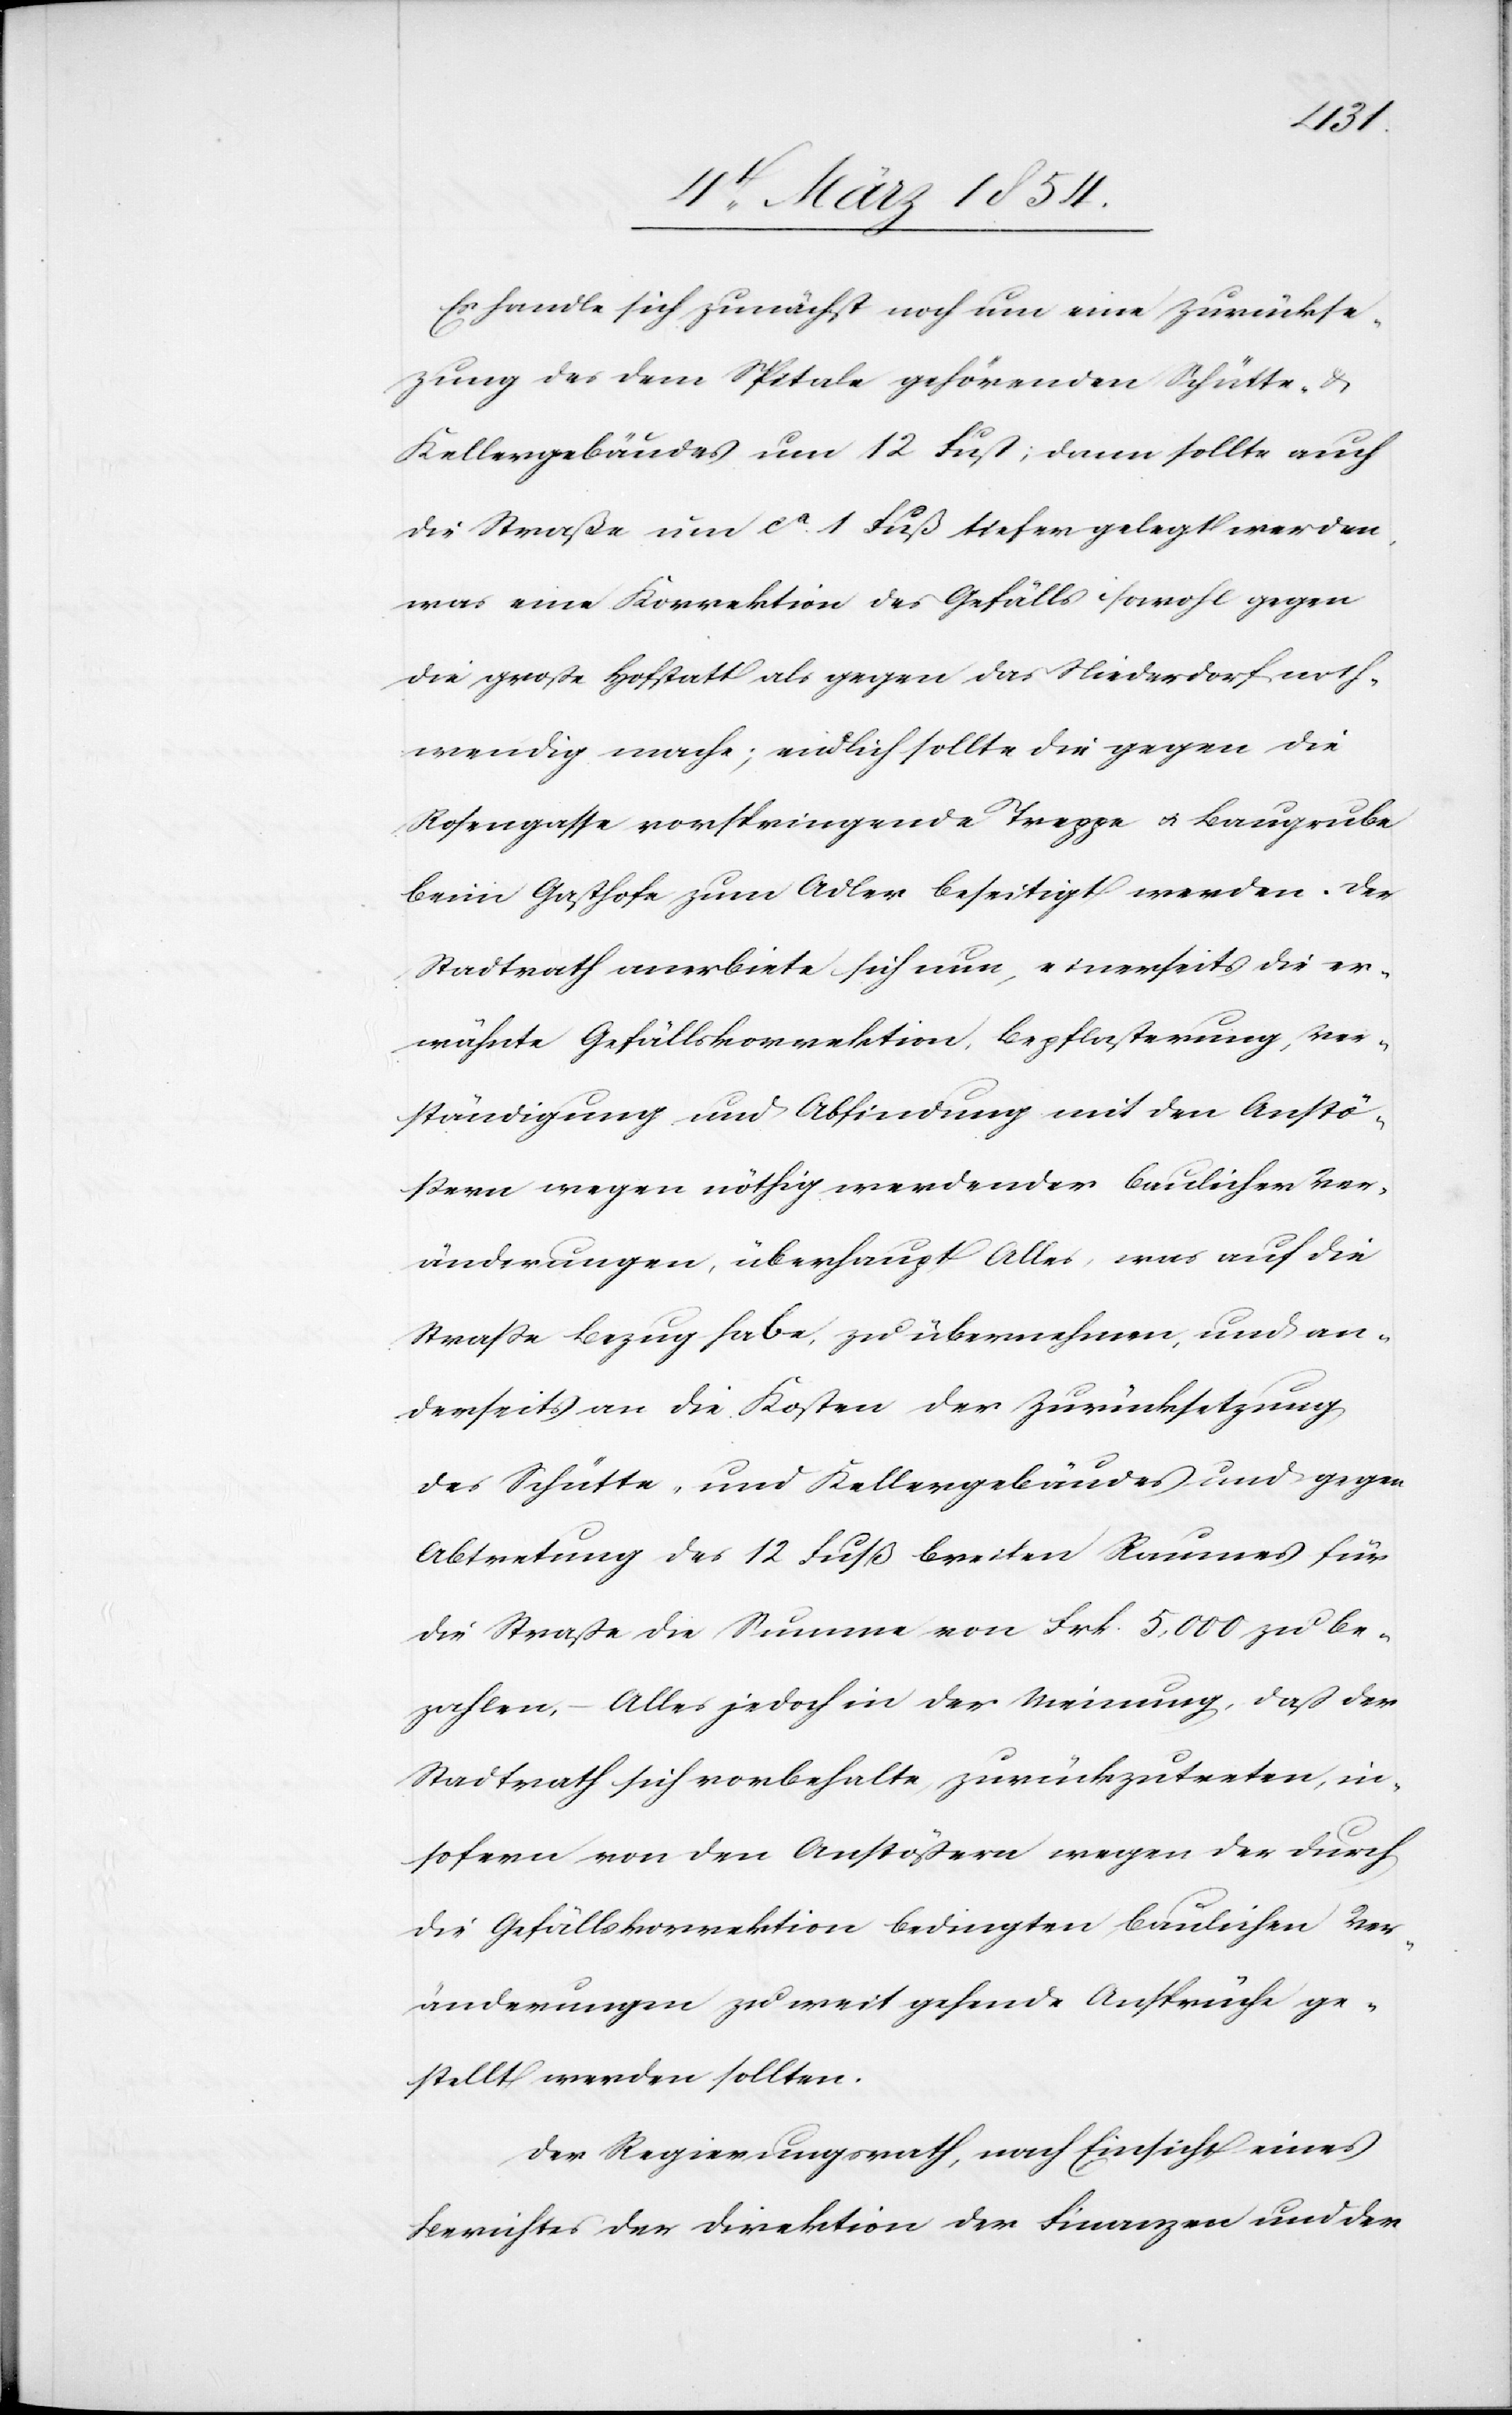
Es handle sich zunächst noch um eine Zurückse¬
zung des dem Spitale gehörenden Schütte- &
Kellergebäudes um 12 Fuß, dann sollte auch
die Straße um ca 1 Fuß tiefer gelegt werden,
was eine Korrektion des Gefälls sowohl gegen
die große Hofstatt als gegen das Niederdorf noth¬
wendig mache; endlich sollte die gegen die
Rosengasse vorspringende Treppe u. Baugrube
beim Gasthofe zum Adler beseitigt werden. Der
Stadtrath anerbiete sich nun, einerseits die er¬
wähnte Gefällskorrektion, Bepflasterung, Ver¬
ständigung und Abfindung mit den Anstö¬
ßern wegen nöthig werdender baulichen Ver¬
änderungen, überhaupt Alles, was auf die
Straße Bezug habe, zu übernehmen, und an¬
derseits an die Kosten der Zurücksetzung
des Schütte- und Kellergebäudes und gegen
Abtretung des 12 Fuß breiten Raumes für
die Straße die Summe von Frk. 5,000 zu be¬
zahlen, – Alles jedoch in der Meinung, daß der
Stadtrath sich vorbehalte, zurückzutreten, in¬
sofern von den Anstößern wegen der durch
die Gefällskorrektion bedingten baulichen Ver¬
änderung zu weit gehende Ansprüche ge¬
stellt werden sollten.
Der Regierungsrath, nach Einsicht eines
Berichtes der Direktion der Finanzen und der